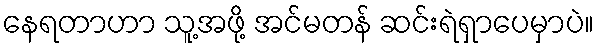
နေရတာဟာ သူ့အဖို့ အင်မတန် ဆင်းရဲရှာပေမှာပဲ။